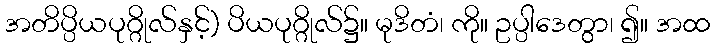
အတိပ္ပိယပုဂ္ဂိုလ်နှင့်) ပိယပုဂ္ဂိုလ်၌။ မုဒိတံ၊ ကို။ ဥပ္ပါဒေတွာ၊ ၍။ အထ